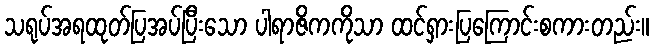
သရုပ်အရထုတ်ပြအပ်ပြီးသော ပါရာဇိကကိုသာ ထင်ရှားပြကြောင်းစကားတည်း။